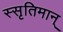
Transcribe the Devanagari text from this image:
स्सृतिमान्